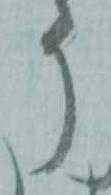
う